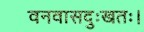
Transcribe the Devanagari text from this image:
वनवासदुःखतः।